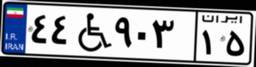
۴۴W۹۰۳۱۵